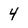
Character: 4